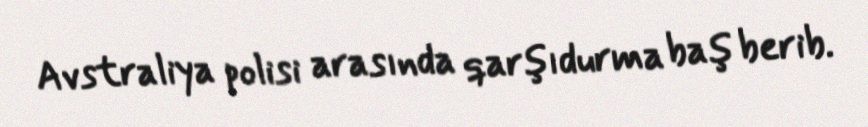
Avstraliya polisi arasında qarşıdurma baş berib.